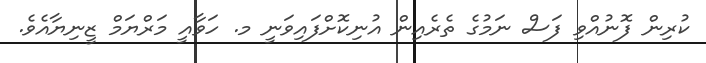
ކުރިން ފޮނުއްވި ފަސް ނަމުގެ ތެރެއިން އުނިކޮށްފައިވަނީ މ. ހަވާއީ މަރްޔަމް ޒީނިޔާއެވެ.